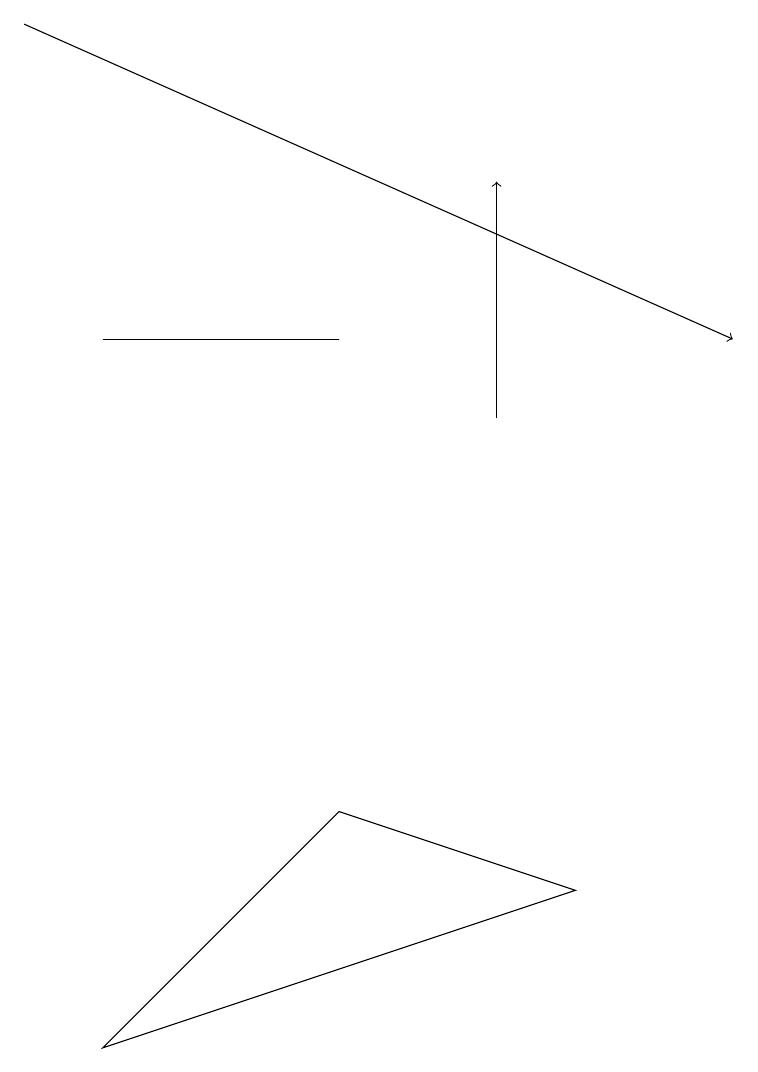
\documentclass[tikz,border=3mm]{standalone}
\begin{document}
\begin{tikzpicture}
\draw (4,8) -- (7,7) -- (1,5) -- cycle;
\draw (1,14) rectangle (4,14);
\draw[->] (0,18) -- (9,14);
\draw[->] (6,13) -- (6,16);
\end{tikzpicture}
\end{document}